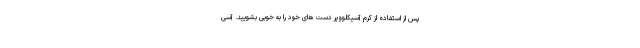
پس از استفاده از کرم آسیکلوویر دست های خود را به خوبی بشویید. آسی